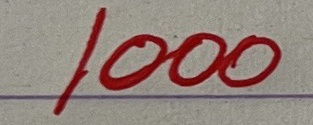
1000